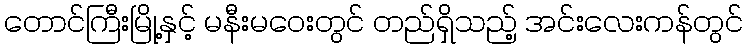
တောင်ကြီးမြို့နှင့် မနီးမဝေးတွင် တည်ရှိသည့် အင်းလေးကန်တွင်